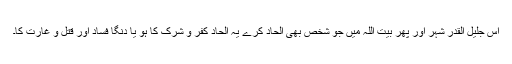
اس جلیل القدر شہر اور پھر بیت اللہ میں جو شخص بھی الحاد کرے یہ الحاد کفر و شرک کا ہو یا دنگا فساد اور قتل و غارت کا۔